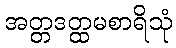
အတ္တဒတ္ထမစာရိသုံ